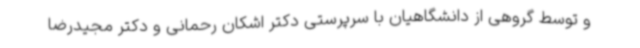
و توسط گروهی از دانشگاهیان با سرپرستی دکتر اشکان رحمانی و دکتر مجیدرضا